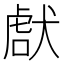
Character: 𤟜